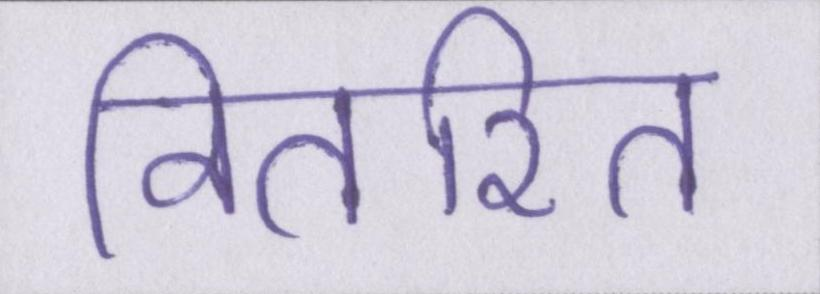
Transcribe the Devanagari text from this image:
वितरित